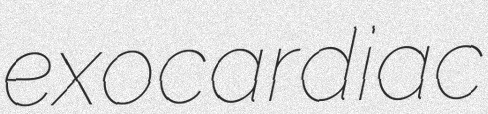
exocardiac